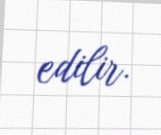
edilir.